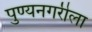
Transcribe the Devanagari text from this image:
पुण्यनगरीला